Annual report on the working of the lock hospitals in the Central Provinces
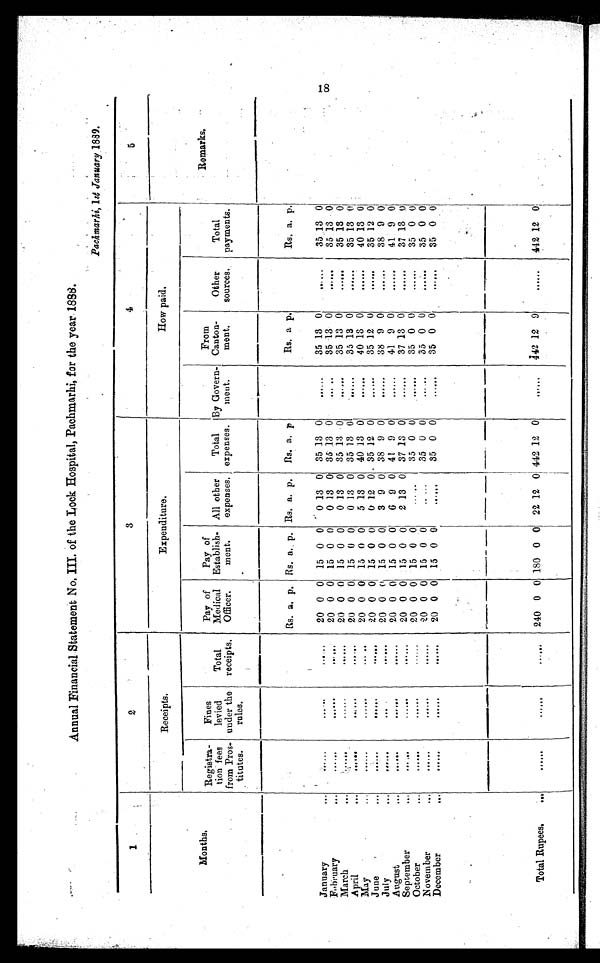
Annual Financial Statement No. III. of the Lock Hospital, Pachmarhi, for the year 1888.
Pachmarhi, 1st January 1889.
1
2
3
4
5
Receipts.
Expenditure.
How paid.
Months.
Registra-
tion fees
from Pros-
titutes.
Fines
levied
under the
rules.
Total
receipts.
Pay of
Medical
Officer.
Pay of
Establish-
ment
.
All other
expenses.
Total
expenses.
By Govern-
ment.
From
Canton-
ment.
Other
sources.
Total
payments.
Remarks.
Rs. a. p. Rs. a. , p. Rs. a.p.
Rs. a. p
Rs. a
p
Rs. a.
p
January
. . .
20 0 0
15 0 0
0 13 0
85 13 0
. . .
35 13 0
35 13 0
...
February
. . .
...
...
20 0 0 15 0 0
0 13 0 35 13 0
. . .
85
1 3 0
35 13
0
March
. . .
20 0 0 15 0 0
0 13 0 35 13 0
35 13 0
. . .
35
1 3 0
April
...
. . .
. . .
...
20 0 0 15 0 0
0 13 0 35 13 0
...
35 13 0
...
35 13
0
May
. . .
. . .
... ..
20 0 0 15 0 0
5 13 0 40 13 0
...
40 13 0
...
40 13 0
June
. . .
. . .
. . .
20 0 0 15 0 0
0 12 0. 35 12 0
...
35 12 0
35 12 0
July
...
...
20 0 ()
15 0 0
3 9 0 38 9 0
...
38 9 0
...
38 9 0
A u g u s t
. . .
...
20 0 0
15 0 0
6 9 0 41 9 0
...
41 9 0
...
41 9
0
September
...
...
20 0 0 15 0 0
2 13 0 37 13 0
...
37 13 0
...
37 13 0
October
. . .
...
20 0 0 15 0 0
...
35 0 0
. . .
35 0 0
...
35 0 0
November
. . .
20 0 0 15 0 0
... ...
35 0 0
. . .
35 0 0
...
35 0 0
December
. . .
...
20 0 0 15 0 0
...
35 0 0
...
35 0 0
35 0 0
Total Rupees.
...
...
...
...
240 0 0 180 0 0 22 12 0 442 12 0
. . .
442 12
9
. . .
442 12
0
18